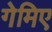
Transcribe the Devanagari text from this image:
गेमिए